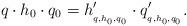
LaTeX: \begin{align*}q\cdot h_0 \cdot q_0 = h'_{{}_{q,h_0 , q_0}} \cdot q'_{{}_{q,h_0 , q_0}}.\end{align*}